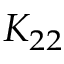
K _ { 2 2 }